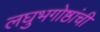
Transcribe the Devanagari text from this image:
लघुभगोष्ठांची